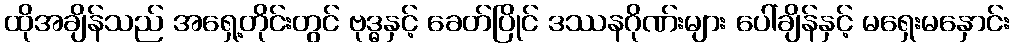
ထိုအချိန်သည် အရှေ့တိုင်းတွင် ဗုဒ္ဓနှင့် ခေတ်ပြိုင် ဒဿနဂိုဏ်းများ ပေါ်ချိန်နှင့် မရှေးမနှောင်း